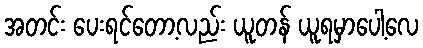
အတင်း ပေးရင်တော့လည်း ယူတန် ယူရမှာပေါ့လေ